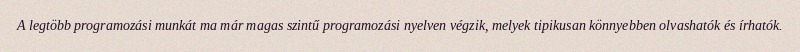
A legtöbb programozási munkát ma már magas szintű programozási nyelven végzik, melyek tipikusan könnyebben olvashatók és írhatók.